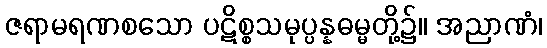
ဇရာမရဏစသော ပဋိစ္စသမုပ္ပန္နဓမ္မတို့၌။ အညာဏံ၊